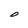
Character: O